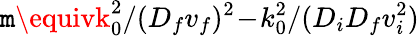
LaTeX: \mathtt{m}\equivk_{0}^{2}/(D_{f}v_{f})^{2}\! -\! k_{0}^{2}/(D_{i}D_{f}v_{i}^{2})